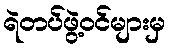
ရဲတပ်ဖွဲ့ဝင်များမှ